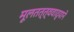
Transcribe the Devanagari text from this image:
मूलतत्त्ववाद्याने